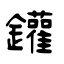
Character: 鑵